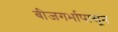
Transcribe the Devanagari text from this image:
बीजगर्भापासून